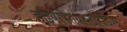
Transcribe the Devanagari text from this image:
हाइपरपैराथायराइरॉडिज्म